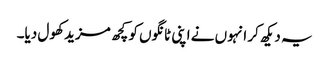
یہ دیکھ کر انہوں نے اپنی ٹانگوں کو کچھ مزید کھول دیا۔